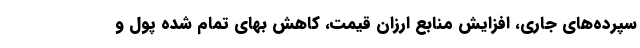
سپرده‌های جاری، افزایش منابع ارزان قیمت، کاهش بهای تمام شده پول و